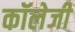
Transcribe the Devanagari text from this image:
कॉलेजी